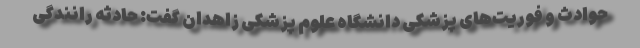
حوادث و فوریت‌های پزشکی دانشگاه علوم پزشکی زاهدان گفت: حادثه رانندگی